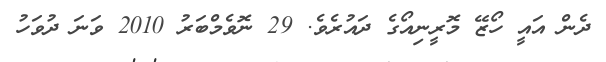
ދެން އައީ ހޯޒޭ މޮރީނިއޯގެ ދައުރެވެ. 29 ނޮވެމްބަރު 2010 ވަނަ ދުވަހު